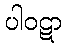
ပါဝဋာ